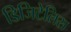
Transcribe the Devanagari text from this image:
डिजिटेलिस